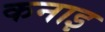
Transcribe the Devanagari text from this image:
कनाइ